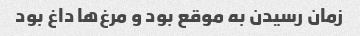
زمان رسیدن به موقع بود و مرغ‌ها داغ بود